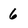
Character: 6